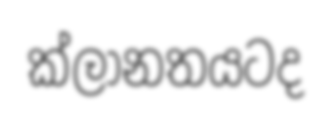
ක්ලානතයටද